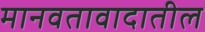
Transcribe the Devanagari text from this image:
मानवतावादातील